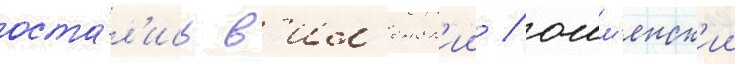
оста́л'ись в'ил'енск'ии / ошм'янск'ии